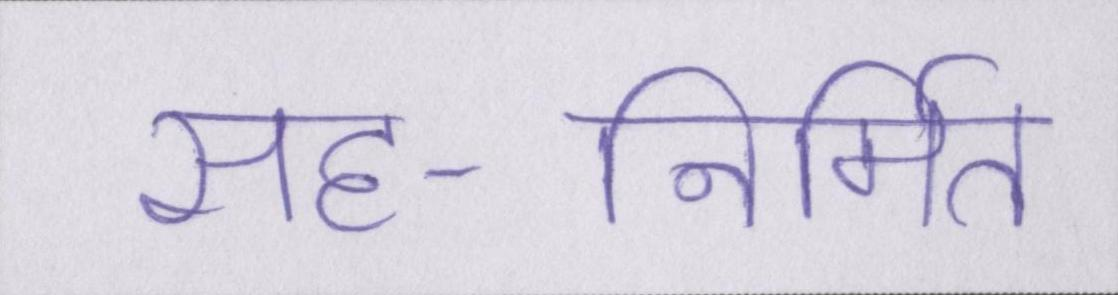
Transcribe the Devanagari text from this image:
सह-निर्मित